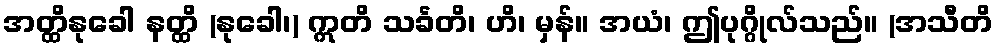
အတ္ထိနုခေါ နတ္ထိ (နုခေါ၊) ဣတိ သင်္ခတိ၊ ဟိ၊ မှန်။ အယံ၊ ဤပုဂ္ဂိုလ်သည်။ (အသီတိ